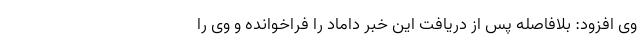
وی افزود: بلافاصله پس از دریافت این خبر داماد را فراخوانده و وی را